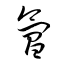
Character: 氳